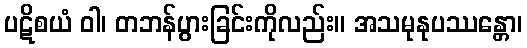
ပဋိစယံ ဝါ၊ တဘန်ပွားခြင်းကိုလည်း။ အသမုနုပဿန္တော၊